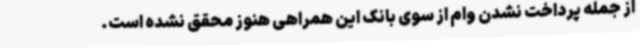
از جمله پرداخت نشدن وام از سوی بانک این همراهی هنوز محقق نشده است.